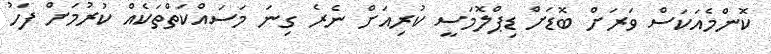
ކޮންމެއަކަސް ވަރަށް ބޮޑަށް ޑިޕްލޮމަސީ ކުރިއަށް ނެރެ ގިނަ މަސައްކަތްތަކެއް ކުރުމަށް ފަހު